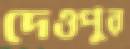
দেওপুর